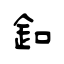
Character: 釦